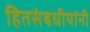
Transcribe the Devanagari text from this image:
हितसंबधीयांनी